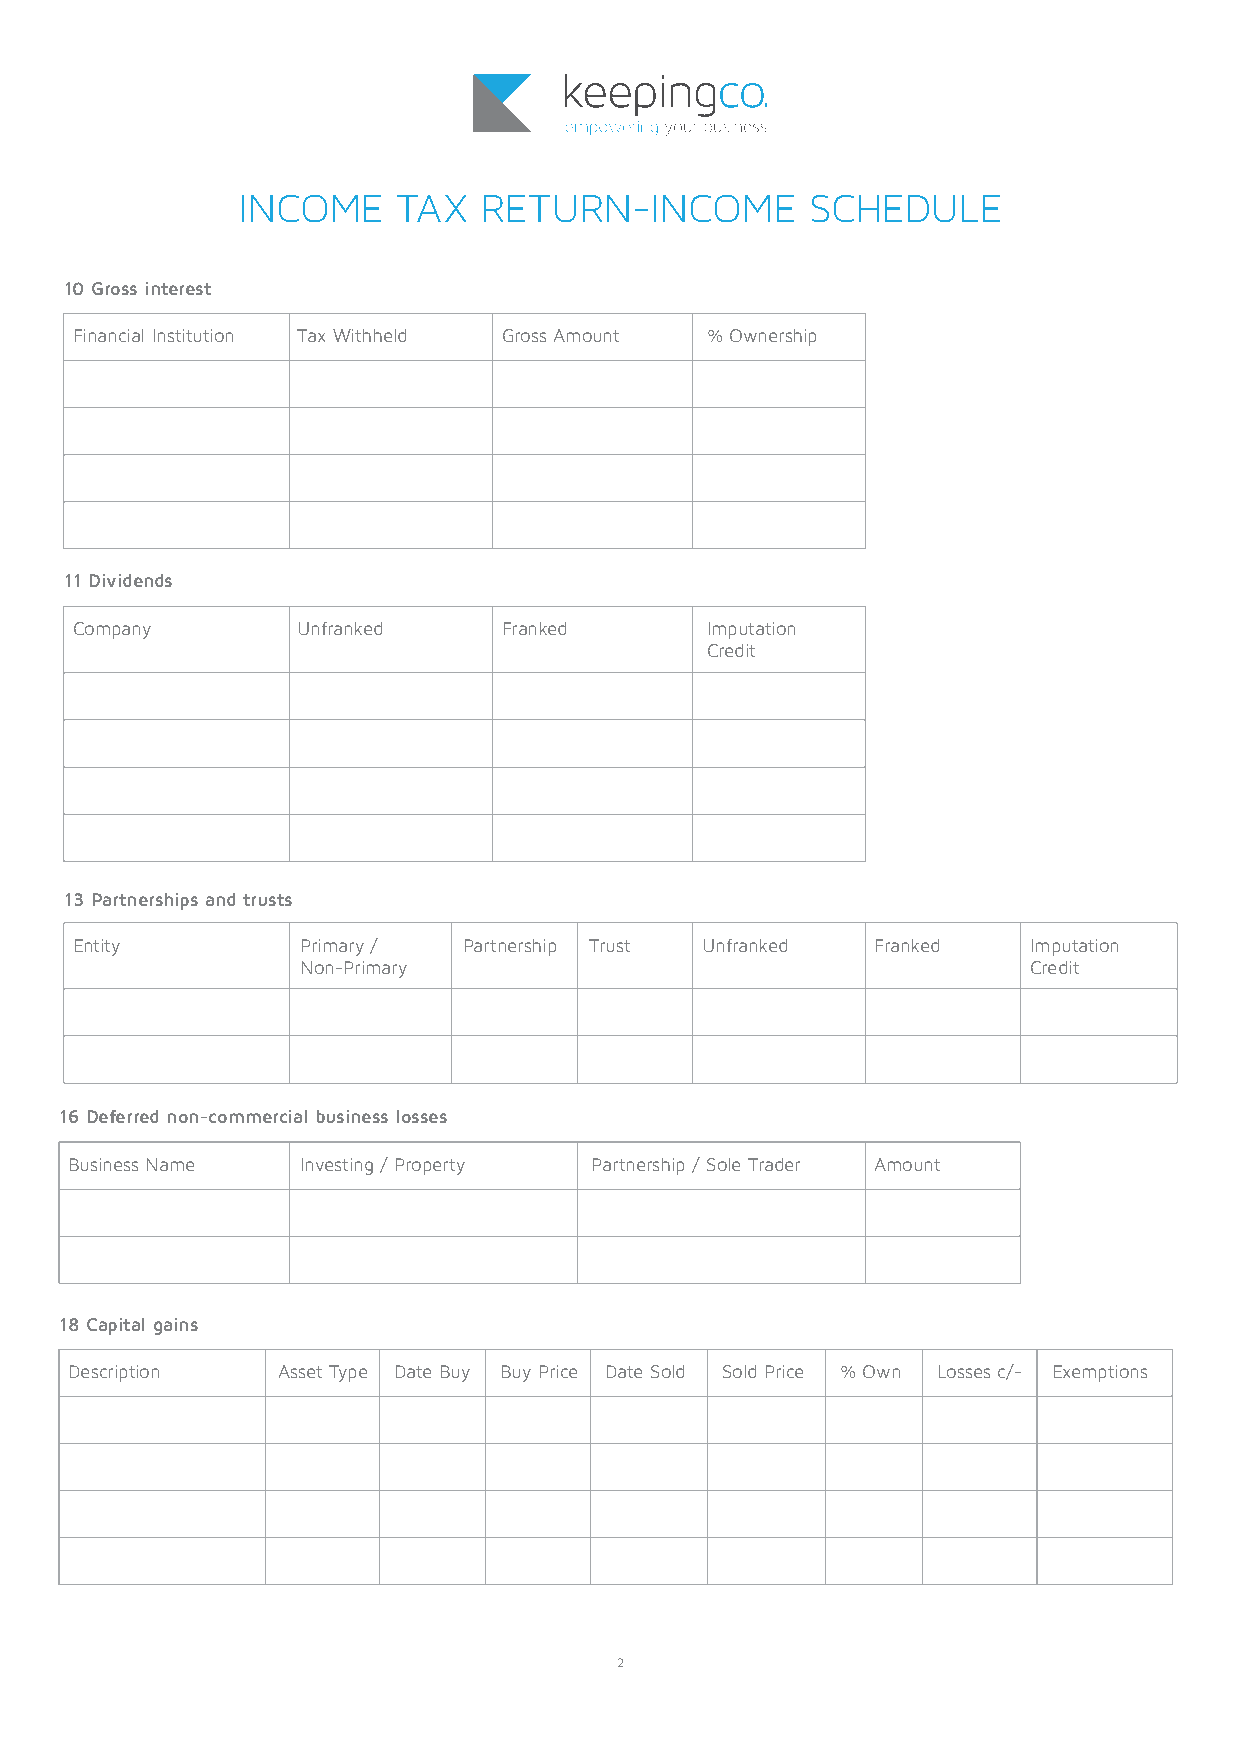
INCOME    TAX   RETURN-INCOME        SCHEDULE
 10 Gross interest
 Financial Institution Tax Withheld Gross Amount % Ownership
 11 Dividends
 Company        Unfranked    Franked       Imputation
 Credit
 13 Partnerships and trusts
 Entity         Primary /  Partnership Trust Unfranked Franked  Imputation
 Non-Primary                                     Credit
 16 Deferred non-commercial business losses
 Business Name   Investing / Property Partnership / Sole Trader Amount
 18 Capital gains
 Description   Asset Type Date Buy Buy Price Date Sold Sold Price % Own Losses c/- Exemptions
 2